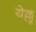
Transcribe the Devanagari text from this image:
येल्लू